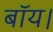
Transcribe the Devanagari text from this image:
बॉय।